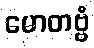
မောတဗ္ဗံ